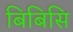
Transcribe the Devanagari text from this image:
बिबिसि